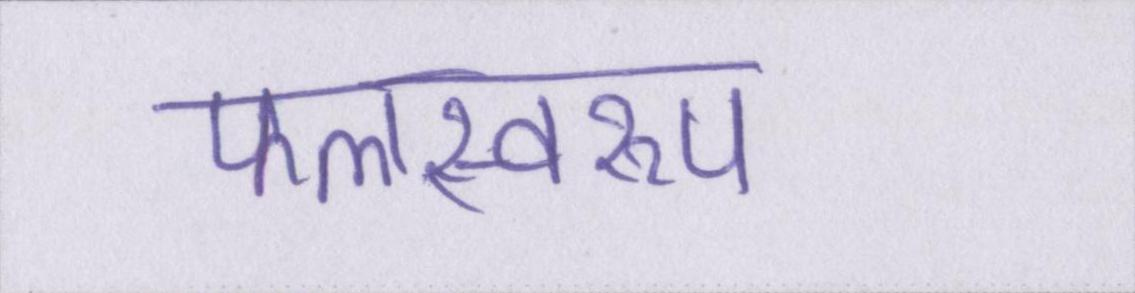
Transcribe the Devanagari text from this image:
फलस्वरूप